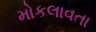
મોકલાવતા